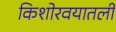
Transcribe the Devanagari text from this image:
किशोरवयातली